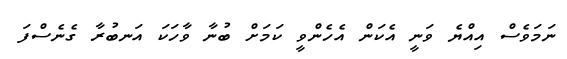
ނަމަވެސް އިއްޔެ ވަނީ އެކަން އެހެންވީ ކަމަށް ބުނާ ވާހަކަ އަނބުރާ ގެނެސްފަ